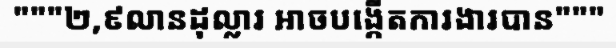
"""២,៩លានដុល្លារ អាចបង្កើតការងារបាន"""